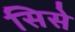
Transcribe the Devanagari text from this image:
सिसे